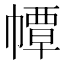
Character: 𢅀